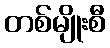
တစ်မျိုးစီ